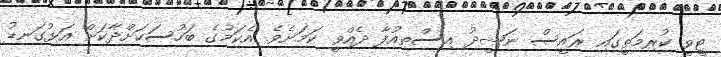
ޓީވީ ކުރިމަތީގައި ރައީސް ނަޝީދު އިސްތިއުފާ ދެއްވީ ކަމަށެވެ. އެކަމުގެ ބަހުސަކަށްދާކަށް އަޅުގަނޑު